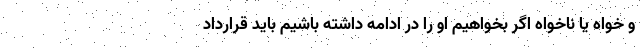
و خواه یا ناخواه اگر بخواهیم او را در ادامه داشته باشیم باید قرارداد